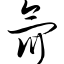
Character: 氚